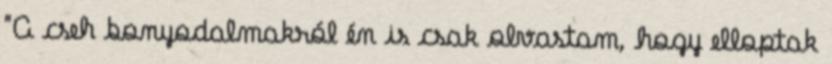
"A cseh bonyodalmakról én is csak olvastam, hogy elloptak